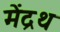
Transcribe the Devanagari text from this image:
मेंद्रथ